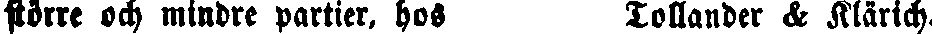
större och mindre partier, hos Tollander & Klärich.